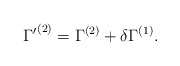
\begin{align*}{\Gamma'}^{(2)} = \Gamma^{(2)} + \delta \Gamma^{(1)}.\end{align*}